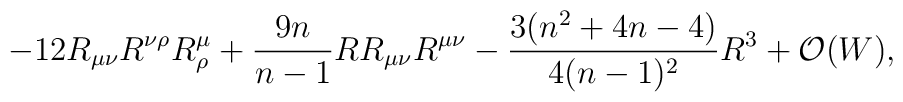
-12R_{\mu \nu }R^{\nu \rho }R_{\rho }^{\mu }+{\frac{9n}{n-1}}RR_{\mu \nu}R^{\mu \nu }-{\frac{3(n^{2}+4n-4)}{4(n-1)^{2}}}R^{3}+{\cal O}(W),